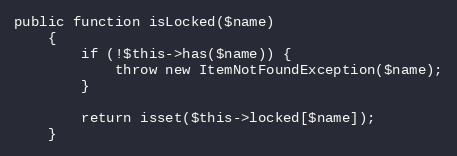
Language: PHP
public function isLocked($name)
    {
        if (!$this->has($name)) {
            throw new ItemNotFoundException($name);
        }

        return isset($this->locked[$name]);
    }